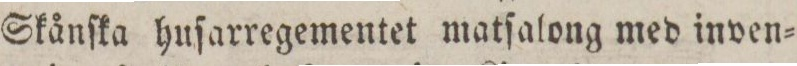
Skånſka huſarregementet matſalong med inven=